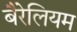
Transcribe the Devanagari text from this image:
बैरेलियम